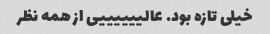
خیلی تازه بود. عالییییییی از همه نظر